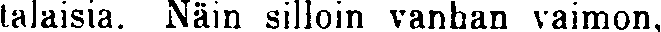
talaisia. Näin silloin vanhan vaimon,